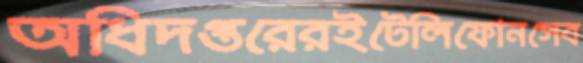
অধিদপ্তরেরইটেলিফোনসেব